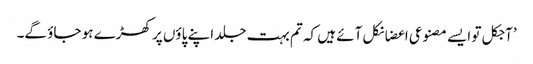
’آجکل تو ایسے مصنوعی اعضا نکل آئے ہیں کہ تم بہت جلد اپنے پاؤں پر کھڑے ہو جاؤ گے۔